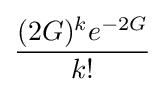
{\frac {(2G)^{k}e^{-2G}}{k!}}